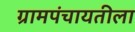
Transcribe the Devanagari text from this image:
ग्रामपंचायतीला